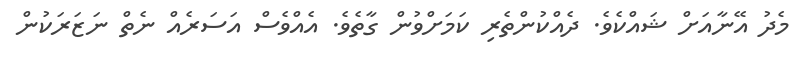
މެދު އޭނާއަށް ޝައްކެވެ. ދެއްކުންތެރި ކަމަށްވުން ގާތެވެ. އެއްވެސް އަސަރެއް ނެތް ނަޒަރަކުން